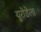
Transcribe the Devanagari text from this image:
यूरोडेला